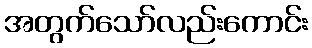
အတွက်သော်လည်းကောင်း